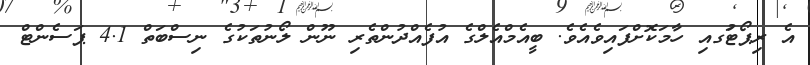
އެ ރިޕޯޓުަގއި ހާމަކޮށްފައިވެއެވެ. ބީއެމްއެލްގެ އުފެއްދުންތެރި ނޫން ލޯނުތަކުގެ ނިސްބަތް 4.1 ޕަސެންޓް